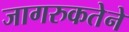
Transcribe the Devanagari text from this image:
जागरुकतेने